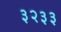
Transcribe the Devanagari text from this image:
३२३३